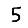
Digit: 5